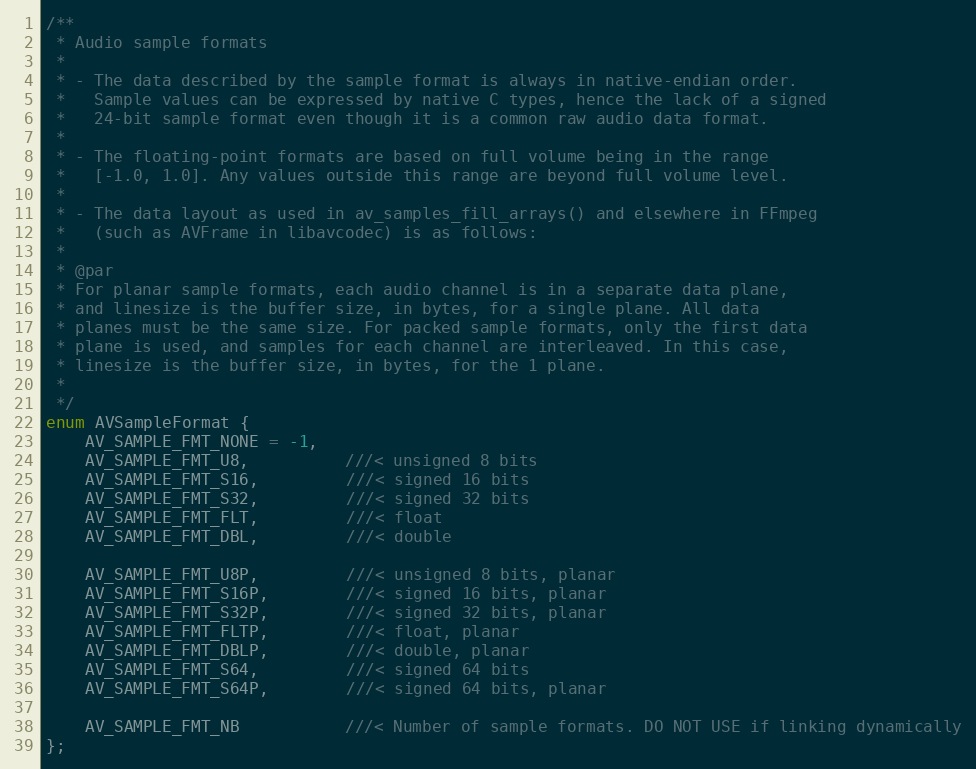
Language: C
/**
 * Audio sample formats
 *
 * - The data described by the sample format is always in native-endian order.
 *   Sample values can be expressed by native C types, hence the lack of a signed
 *   24-bit sample format even though it is a common raw audio data format.
 *
 * - The floating-point formats are based on full volume being in the range
 *   [-1.0, 1.0]. Any values outside this range are beyond full volume level.
 *
 * - The data layout as used in av_samples_fill_arrays() and elsewhere in FFmpeg
 *   (such as AVFrame in libavcodec) is as follows:
 *
 * @par
 * For planar sample formats, each audio channel is in a separate data plane,
 * and linesize is the buffer size, in bytes, for a single plane. All data
 * planes must be the same size. For packed sample formats, only the first data
 * plane is used, and samples for each channel are interleaved. In this case,
 * linesize is the buffer size, in bytes, for the 1 plane.
 *
 */
enum AVSampleFormat {
    AV_SAMPLE_FMT_NONE = -1,
    AV_SAMPLE_FMT_U8,          ///< unsigned 8 bits
    AV_SAMPLE_FMT_S16,         ///< signed 16 bits
    AV_SAMPLE_FMT_S32,         ///< signed 32 bits
    AV_SAMPLE_FMT_FLT,         ///< float
    AV_SAMPLE_FMT_DBL,         ///< double

    AV_SAMPLE_FMT_U8P,         ///< unsigned 8 bits, planar
    AV_SAMPLE_FMT_S16P,        ///< signed 16 bits, planar
    AV_SAMPLE_FMT_S32P,        ///< signed 32 bits, planar
    AV_SAMPLE_FMT_FLTP,        ///< float, planar
    AV_SAMPLE_FMT_DBLP,        ///< double, planar
    AV_SAMPLE_FMT_S64,         ///< signed 64 bits
    AV_SAMPLE_FMT_S64P,        ///< signed 64 bits, planar

    AV_SAMPLE_FMT_NB           ///< Number of sample formats. DO NOT USE if linking dynamically
};